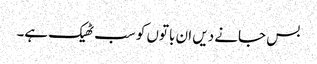
بس جانے دیں ان باتوں کو سب ٹھیک ہے۔